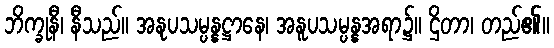
ဘိက္ခုနီ၊ နီသည်။ အနုပသမ္ပန္နဋ္ဌာနေ၊ အနူပသမ္ပန္နအရာ၌။ ဌိတာ၊ တည်၏။